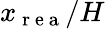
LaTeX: {x_{\mathrm{~r~e~a~}}/H}